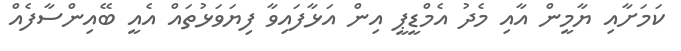
ކަމަށާއި ޔާމީން އާއި މެދު އެމްޑީޕީ އިން އަޅާފައިވާ ފިޔަވަޅުތައް އެއީ ބޭއިންސާފެއް